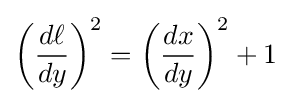
\left({\frac {d\ell }{dy}}\right)^{2}=\left({\frac {dx}{dy}}\right)^{2}+1